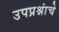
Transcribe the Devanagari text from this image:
उपप्रश्नांचे